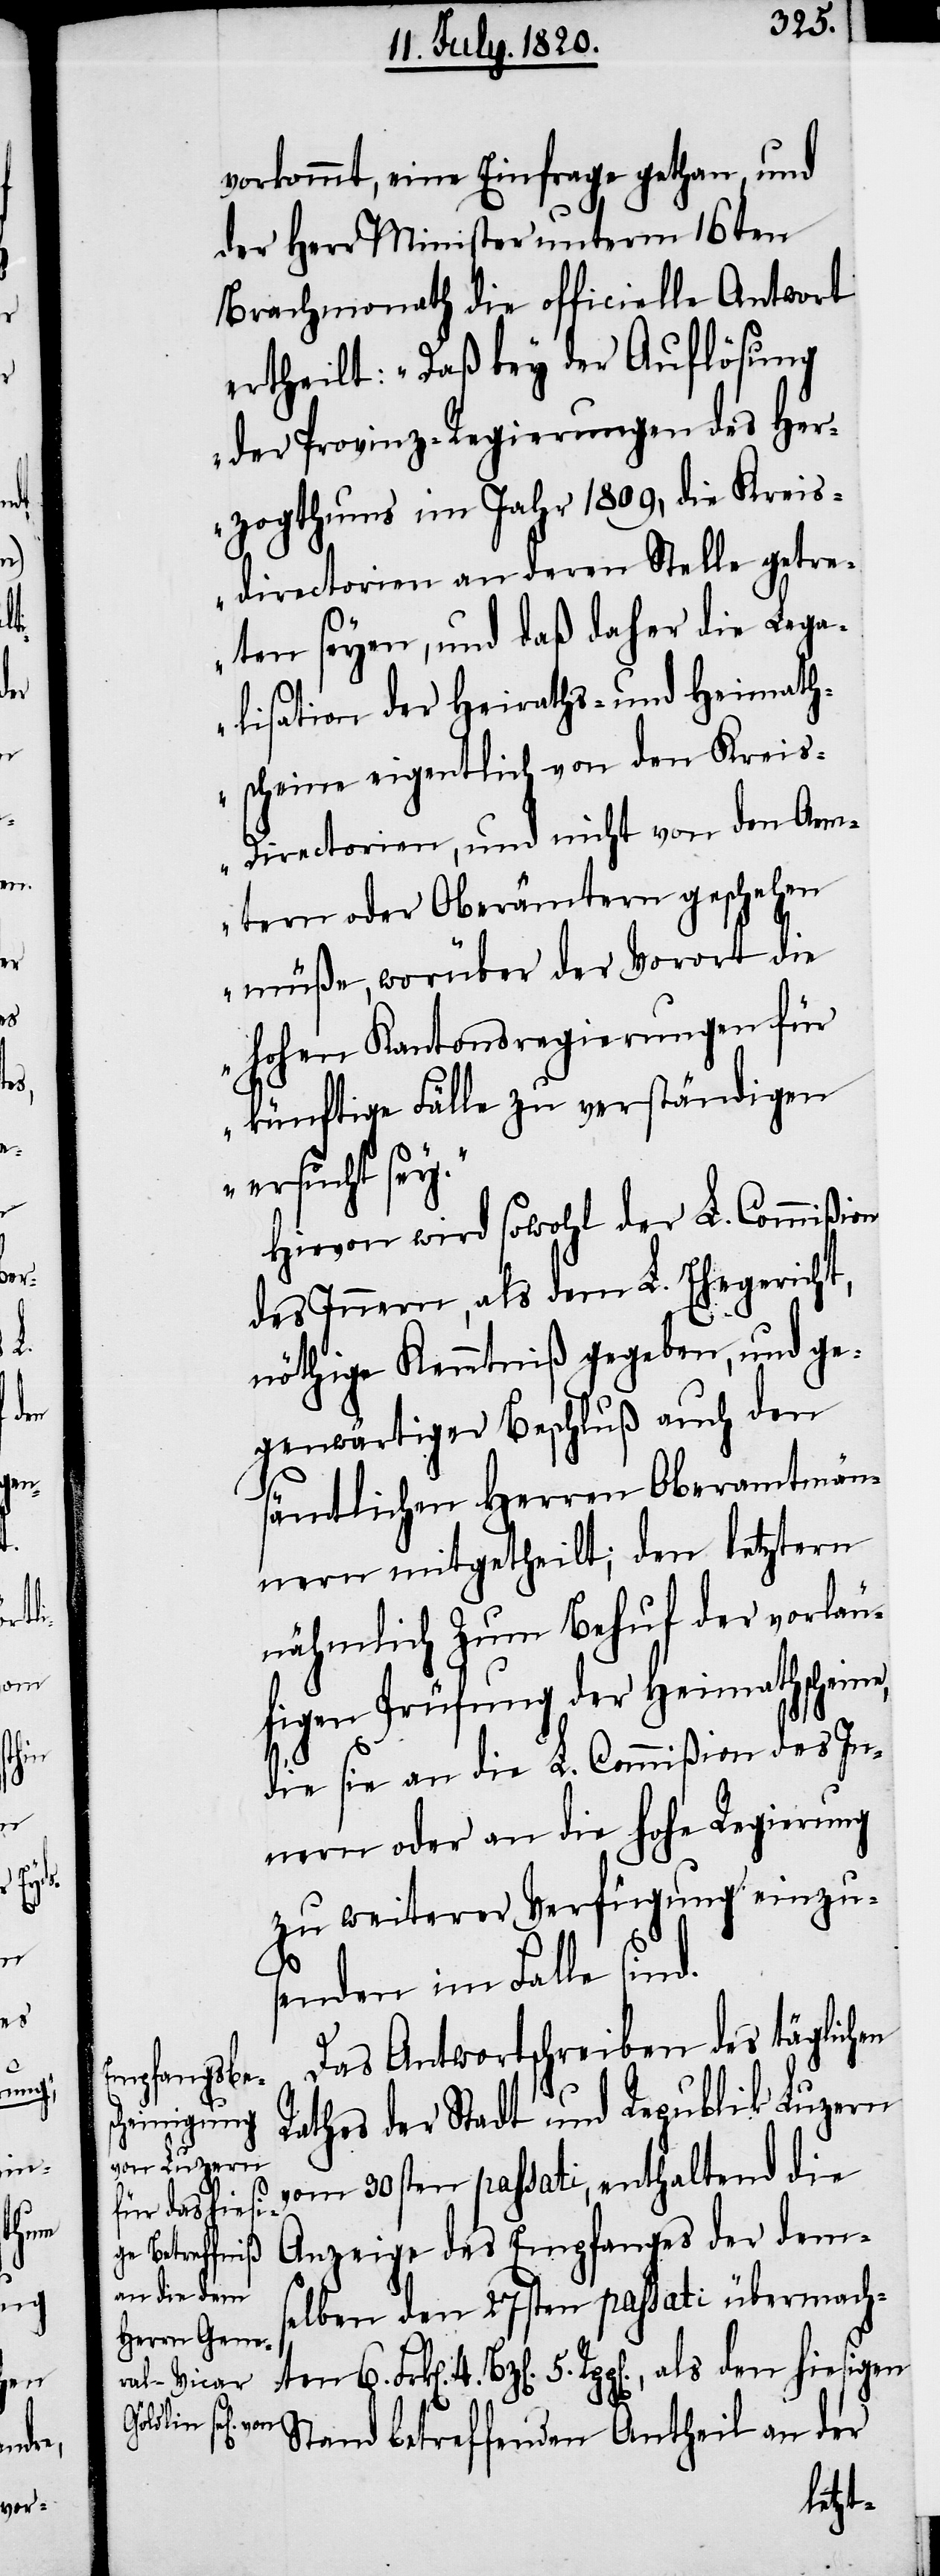
e,

vorkommt, eine Einfrage gethan, und
der Herr Minister unterm 16ten
Brachmonath die officielle Antwort
ertheilt. „Daß bey der Auflösung
der Provinz-Regierungen des Her¬
zogthums im Jahr 1809, die Kreis¬
directorien an deren Stelle getre¬
ten seye, und daß daher die Lega¬
lisation der Heiraths- und Heimath¬
scheine eigentlich von den Kreis-D¬
irectorien, und nicht von den Aem¬
tern oder Oberämtern geschehen
müße, worüber der Vorort die
hohen Kantonsregierungen für
künftige Fälle zu verständigen
ersucht sey.“
Hievon wird sowohl der L. Commißion
des Innern, als dem L. Ehegericht
nöthige Kenntniß gegeben, und ge¬
genwärtiger Beschluß auch den
sämtlichen Herren Oberamtmän¬
nern mitgetheilt; den letztern
nämlich zum Behuf der vorläu¬
figen Prüfung der Heimathschein¬
die sie an die L. Commißion des In¬
nern oder an die hohe Regierung
zu weiterer Verfügung einzu¬
senden im Falle sind.
Das Antwortschreiben des täglichen
Rathes der Stadt und Republik Luzern
vom 30sten passati, enthaltend die
Anzeige des Empfanges der dems¬
elben den 27sten passati übermachten
4. Bz[en]. 5. Rpp[en]., als den hiesigen
Stand betreffenden Antheil an der